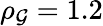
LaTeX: \rho_{\mathcal{G}}=1.2